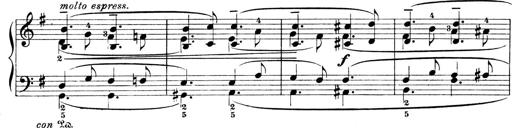
Title: 4 Sonatines
Composer: Max Reger